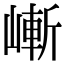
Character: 嶃